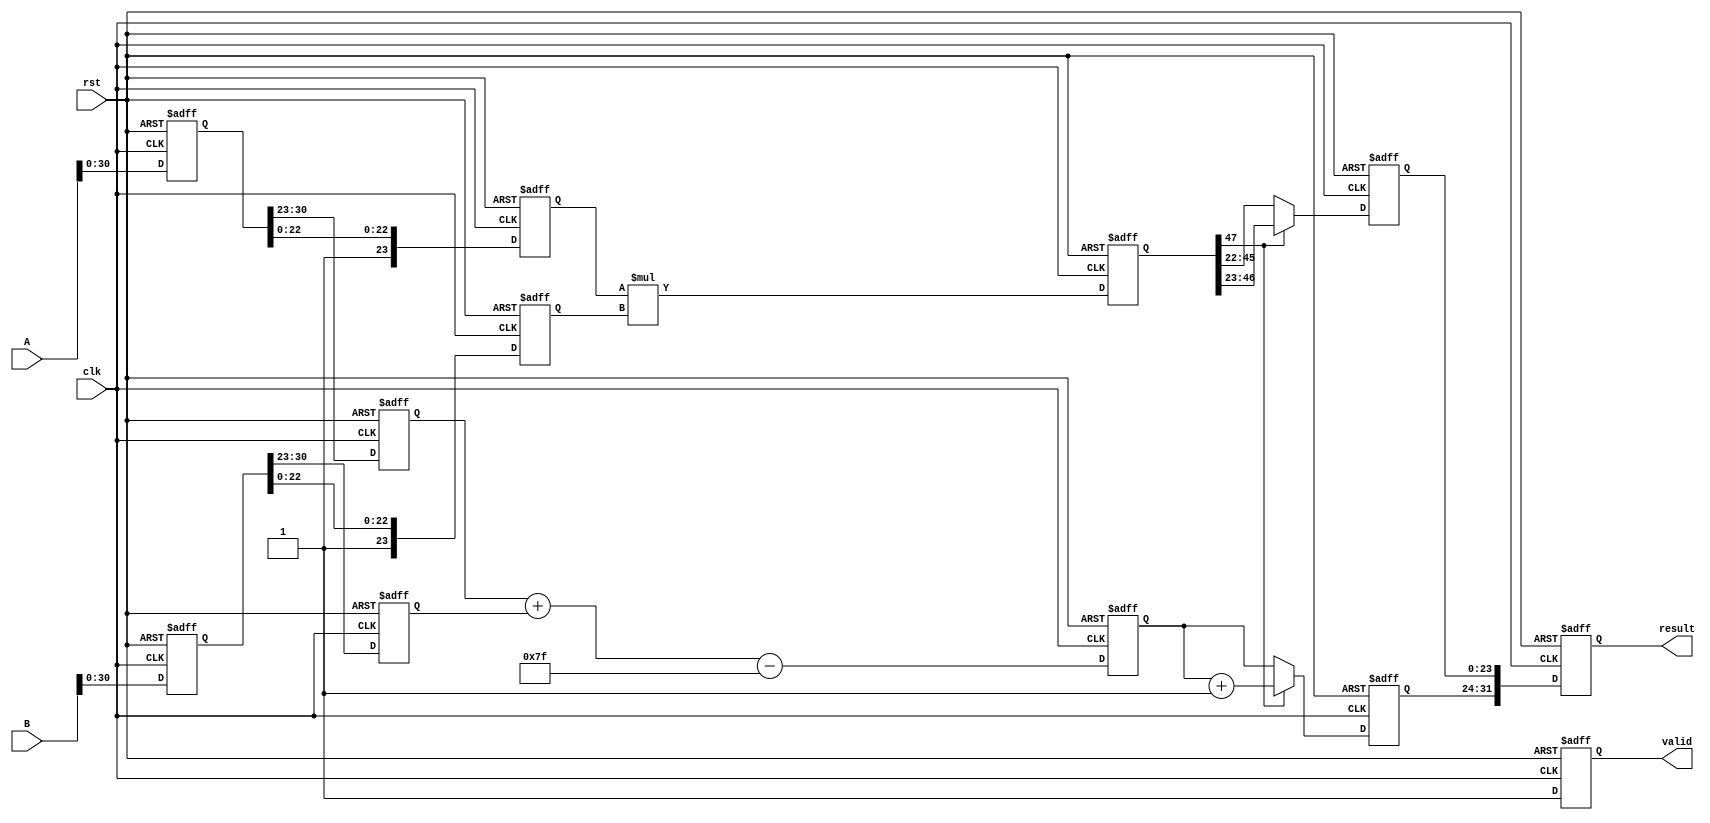
module pipelined_fp_multiplier (
    input wire clk,
    input wire rst,
    input wire [31:0] A, // Input operand A
    input wire [31:0] B, // Input operand B
    output reg [31:0] result, // Output result
    output reg valid // Indicate when the result is valid
);

    // Pipeline registers
    reg [31:0] A_reg, B_reg; // Stage 1
    reg sign_a, sign_b;      // Stage 2
    reg [7:0] exp_a, exp_b;  // Stage 2
    reg [23:0] frac_a, frac_b; // Stage 2
    reg [7:0] exp_result;     // Stage 3
    reg [47:0] mantissa_result; // Stage 4
    reg [23:0] normalized_mantissa; // Stage 5
    reg [7:0] final_exponent; // Stage 5
    reg final_sign;          // Stage 5

    // Constants
    localparam EXP_BIAS = 8'd127;

    // Stage 1: Input Register
    always @(posedge clk or posedge rst) begin
        if (rst) begin
            A_reg <= 32'b0;
            B_reg <= 32'b0;
        end else begin
            A_reg <= A;
            B_reg <= B;
        end
    end

    // Stage 2: Decompose Operands
    always @(posedge clk or posedge rst) begin
        if (rst) begin
            sign_a <= 1'b0;
            sign_b <= 1'b0;
            exp_a <= 8'b0;
            exp_b <= 8'b0;
            frac_a <= 24'b0; // 23 bits + implicit leading 1
            frac_b <= 24'b0; // 23 bits + implicit leading 1
        end else begin
            sign_a <= A_reg[31];
            sign_b <= B_reg[31];
            exp_a <= A_reg[30:23];
            exp_b <= B_reg[30:23];
            frac_a <= {1'b1, A_reg[22:0]}; // Add implicit leading 1
            frac_b <= {1'b1, B_reg[22:0]}; // Add implicit leading 1
        end
    end

    // Stage 3: Exponent Calculation
    always @(posedge clk or posedge rst) begin
        if (rst) begin
            exp_result <= 8'b0;
        end else begin
            exp_result <= exp_a + exp_b - EXP_BIAS; // Adjust for bias
        end
    end

    // Stage 4: Mantissa Multiplication
    always @(posedge clk or posedge rst) begin
        if (rst) begin
            mantissa_result <= 48'b0;
        end else begin
            mantissa_result <= frac_a * frac_b; // Multiply mantissas
        end
    end

    // Stage 5: Normalize Result
    always @(posedge clk or posedge rst) begin
        if (rst) begin
            normalized_mantissa <= 24'b0;
            final_exponent <= 8'b0;
            final_sign <= 1'b0;
        end else begin
            // Normalization logic
            if (mantissa_result[47]) begin // If the result is >= 2
                normalized_mantissa <= mantissa_result[46:23]; // Shift right
                final_exponent <= exp_result + 1; // Increment exponent
            end else begin
                normalized_mantissa <= mantissa_result[45:22]; // Shift right
                final_exponent <= exp_result; // Keep exponent
            end
            final_sign <= sign_a ^ sign_b; // XOR for sign
        end
    end

    // Stage 6: Final Output Register
    always @(posedge clk or posedge rst) begin
        if (rst) begin
            result <= 32'b0;
            valid <= 1'b0;
        end else begin
            result <= {final_sign, final_exponent, normalized_mantissa}; // Combine results
            valid <= 1'b1; // Indicate result is valid
        end
    end

endmodule